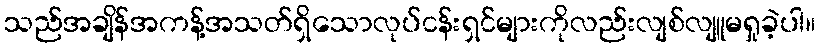
သည်အချိန်အကန့်အသတ်ရှိသောလုပ်ငန်းရှင်များကိုလည်းလျစ်လျူမရှုခဲ့ပါ။